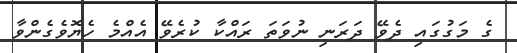
ގެ މަގުގައި ދެވޭ ދަރަނި ނުވަތަ ރައްކާ ކުރެވޭ އެއްމެ ހެޔޮވެގެންވާ